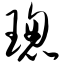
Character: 璁